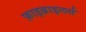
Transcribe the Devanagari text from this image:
फ़ाइब्राइलर्स